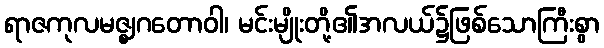
ရာဇကုလမဇ္ဈဂတောဝါ၊ မင်းမျိုးတို့၏အလယ်၌ဖြစ်သောကြီးစွာ